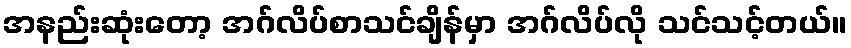
အနည်းဆုံးတော့ အဂ်လိပ်စာသင်ချိန်မှာ အဂ်လိပ်လို သင်သင့်တယ်။